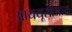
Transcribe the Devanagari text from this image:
आययूसीआय